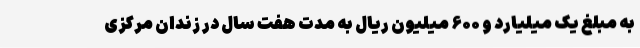
به مبلغ یک میلیارد و ۶۰۰ میلیون ریال به مدت هفت سال در زندان مرکزی